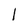
Character: l